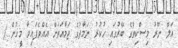
އަލް ނޫރު މިސްކިތުގެ ބޭރުގައި ހުކުރު ނަމާދުގެ ޖަމާއަތަށް އެއްވެފައިވާ މީހުން /